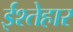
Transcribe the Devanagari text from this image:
ईश्तेहार